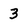
Character: 3